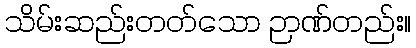
သိမ်းဆည်းတတ်သော ဉာဏ်တည်း။